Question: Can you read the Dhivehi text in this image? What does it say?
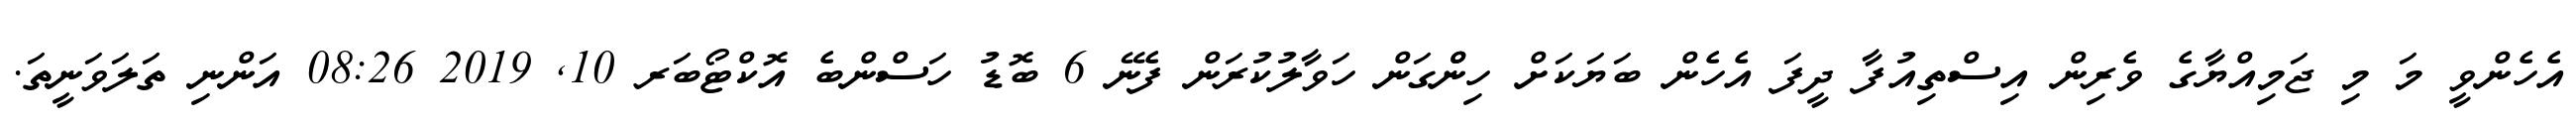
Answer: އެހެންވީ މަ މި ޖަމިއްޔާގެ ވެރިން އިސްތިއުފާ ދީފަ އެހެން ބަޔަކަށް ހިންްގަން ހަވާލުކުރަން ފެނޭ 6 ބޮޑު ހަސްންބެ އޮކްޓޯބަރ 10, 2019 08:26 އަންނި ތަލަވަނީތަ.